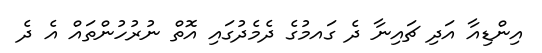
އިންޑިއާ އަދި ޗައިނާ ދެ ގައމުގެ ދެމެދުގައި އޮތް ނުރުހުންތައް އެ ދެ